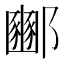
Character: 𮠓